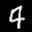
Label: 4